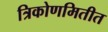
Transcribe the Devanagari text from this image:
त्रिकोणमितीत